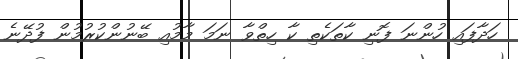
ހަދާފައި ހުންނަ ފޮނި ކާތަކެތި ކާ ހިތްވާ ނަމަ މާމުއި ބޭނުންކުރުމުން ފުދޭނެ